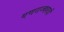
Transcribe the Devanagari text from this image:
गणराज्यवादीं